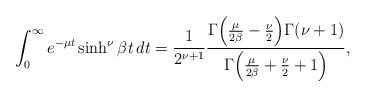
LaTeX: \begin{align*}\int_0^{\infty}e^{-\mu t}\sinh^\nu\beta t\,dt=\frac{1}{2^{\nu+1}}\frac{\Gamma\Big(\frac{\mu}{2\beta}-\frac{\nu}{2}\Big)\Gamma(\nu+1)}{\Gamma\Big(\frac{\mu}{2\beta}+\frac{\nu}{2}+1\Big)},\end{align*}